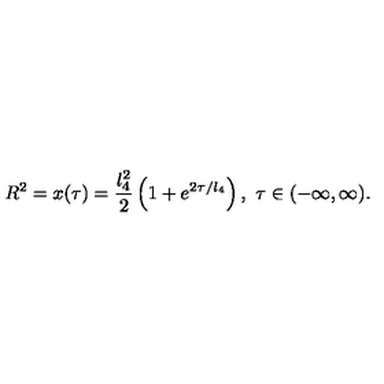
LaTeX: R ^ { 2 } = x ( \tau ) = \frac { l _ { 4 } ^ { 2 } } { 2 } \left( 1 + e ^ { 2 \tau / l _ { 4 } } \right) , \ \tau \in ( - \infty , \infty ) .